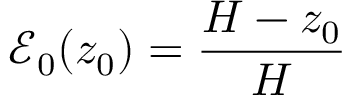
\mathcal { E } _ { 0 } ( z _ { 0 } ) = \frac { H - z _ { 0 } } { H }